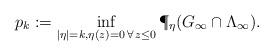
LaTeX: \begin{align*}p_k := \inf_{|\eta|=k, \eta(z) = 0 \,\forall\, z \le 0} \P_\eta(G_\infty \cap \Lambda_\infty).\end{align*}